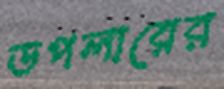
ডপলারের